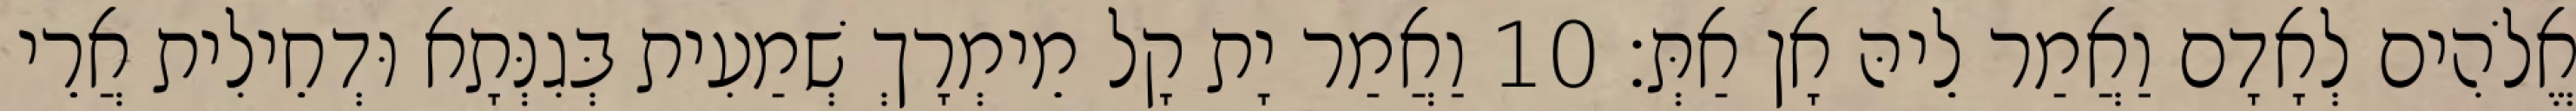
אֱלֹהִים לְאָדָם וַאֲמַר לֵיהּ אָן אַתְּ׃ 10 וַאֲמַר יָת קָל מֵימְרָךְ שְׁמַעִית בְּגִנְּתָא וּדְחֵילִית אֲרֵי